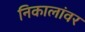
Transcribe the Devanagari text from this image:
निकालांवर